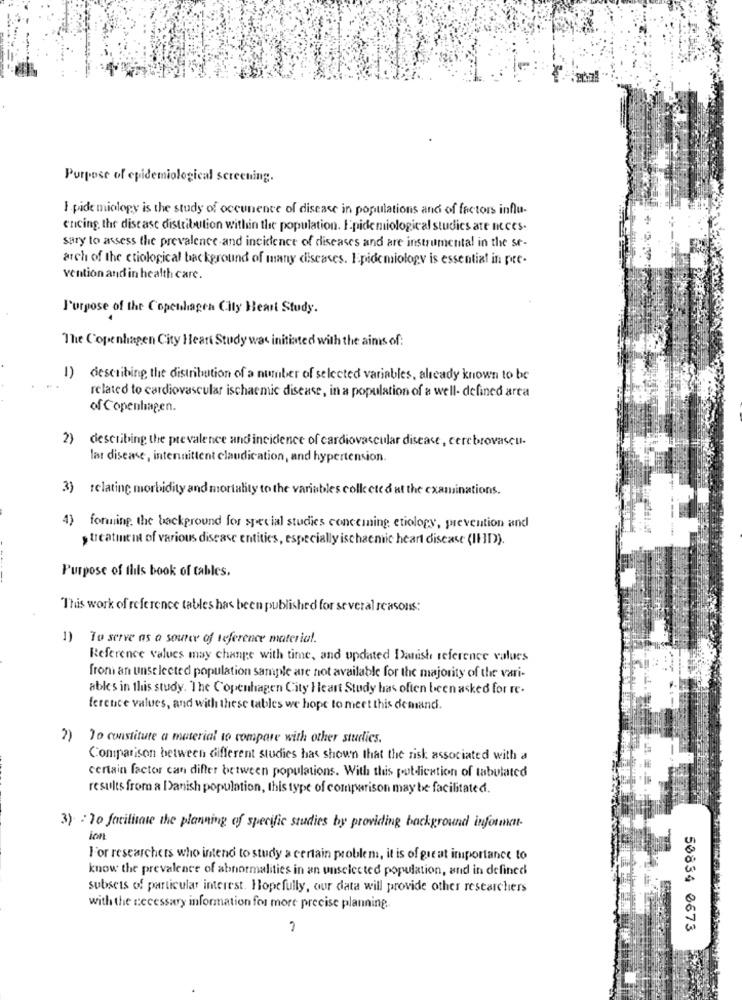
Purpose of epidemiological screening.
I pide miology is the study of occunence of disease in populations and of factors influ-
ericing, the disease distribution within the population. Epide miological studies ate I ces.
sary to assess the prevalence and incidence of diseases and are instrumental in the se-
arch of the ctiological background of many diseases. Epidemiology is essential in pre-
vention and in health care.
Purpose of the Copenhagen City Heart Study.
The Copenhagen City Heart Study was initiated with the aimis of:
1) describing the distribution of a number of selected variables, already known to be
related to cardiovascular ischaemic disease, in a population of a well- defined area
of Copenhagen.
2)
describing the prevalence and incidence of cardiovascular disease , cerebrovascu-
lar disease, intennittent claudication, and hypertension.
3) relating morbidity and mortality to the variables colle cted at the examinations.
4) formning. the background for special studies conceming etiology, prevention and
, treatment of various disease entities, especially ischaenic heart disease (IBID).
Purpose of this book of cables.
This work of reference tables has been published for several reasons:
1)
To serve as a souter of reference material.
Reference values may change with time, and updated Danish reference values
from an unselected population sample are not available for the majority of the vari-
ables in this study. The Copenhagen City Heart Study has often been asked for re.
ference values, and with these tables we hope to meet this demand.
2)
To constitute a material to compare with other studies.
Comparison between different studies has shown that the risk associated with a
certain factor can differ between populations. With this potdlication of tabulated
results from a Danish population, this type of comparison may be facilitated.
3) : To facilitate the planning of specific studies by providing background informan-
ion
For researchers who intend to study a certain problem, it is of great importance to
know the prevalence of abnormalities in an unselected population, and in defined
subsets of particular interest. Hopefully, our data will provide other researchers
with the necessary information for more precise planning ..
50834 0673